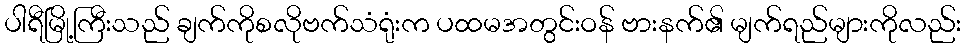
ပါရီမြို့ကြီးသည် ချက်ကိုစလိုဗက်သံရုံးက ပထမအတွင်းဝန် ဗားနက်၏ မျက်ရည်များကိုလည်း